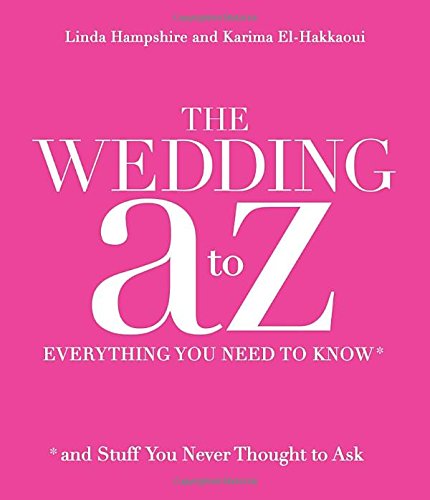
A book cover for The Wedding A to Z: Everything You Need to Know ... and Stuff You Never Thought to Ask; Linda Hampshire; Crafts, Hobbies & Home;